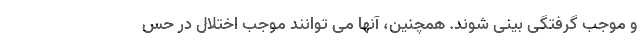
و موجب گرفتگی بینی شوند. همچنین، آنها می توانند موجب اختلال در حس